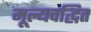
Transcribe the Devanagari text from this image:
मूल्यवद्धित